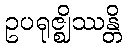
ဥပရုဇ္ဈိဿန္တိ